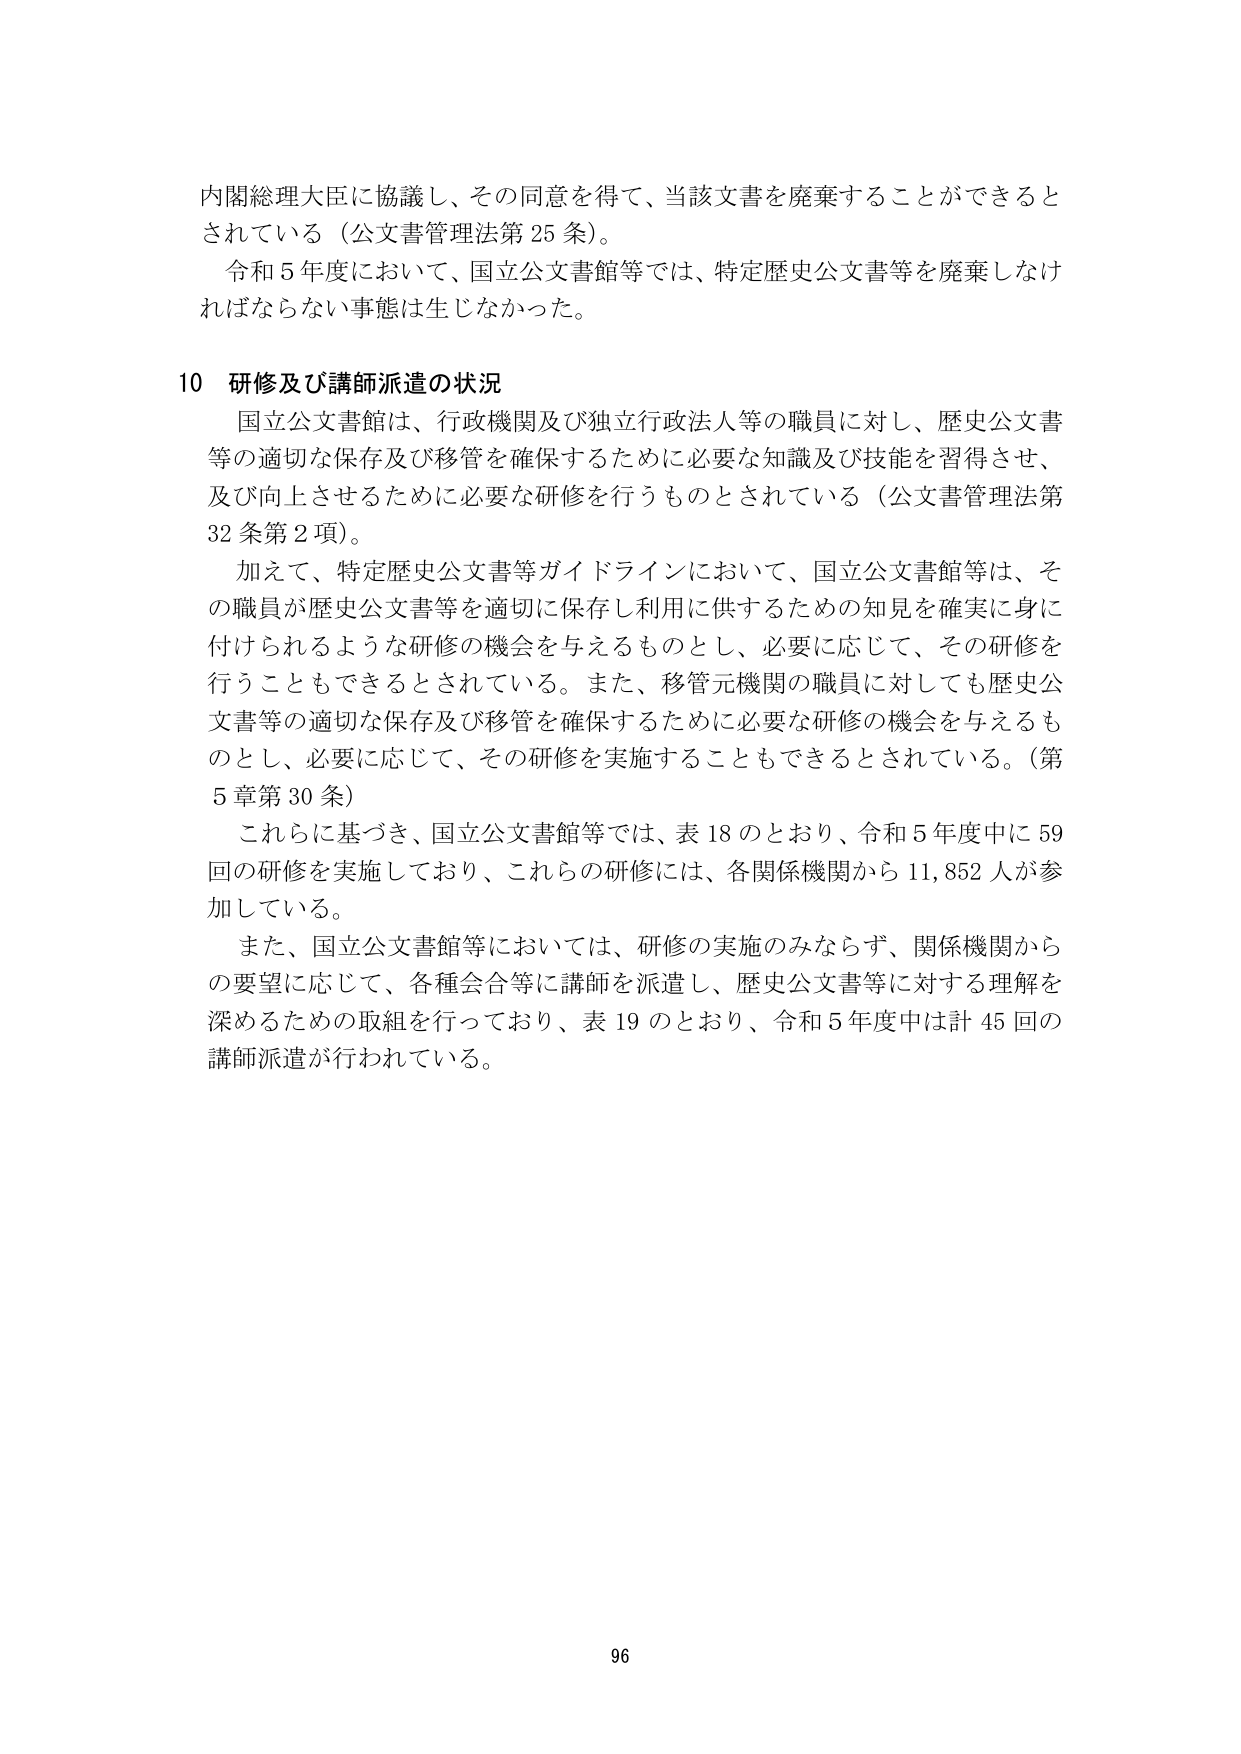
内閣総理大臣に協議し、その同意を得て、当該文書を廃棄することができるとしている（公文書管理法第25条）。

令和5年度において、国立公文書館等では、特定歴史公文書等を廃棄しなければならない事態は生じなかった。

10 研修及び講師派遣の状況

国立公文書館は、行政機関及び独立行政法人等の職員に対し、歴史公文書等の適切な保存及び移管を確保するために必要な知識及び技能を習得させ、及び向上させるために必要な研修を行うものとされている（公文書管理法第32条第2項）。

加えて、特定歴史公文書等ガイドラインにおいて、国立公文書館等は、その職員が歴史公文書等を適切に保存し利用に供するための知見を確実に身に付けられるような研修の機会を与えるものとし、必要に応じて、その研修を行うこともできるとされている。また、移管元機関の職員に対しても歴史公文書等の適切な保存及び移管を確保するために必要な研修の機会を与えるものとし、必要に応じて、その研修を実施することもできるとされている。（第5章第30条）

これらに基づき、国立公文書館等では、表18のとおり、令和5年度中に59回の研修を実施しており、これらの研修には、各関係機関から11,852人が参加している。

また、国立公文書館等においては、研修の実施のみならず、関係機関からの要望に応じて、各種会合等に講師を派遣し、歴史公文書等に対する理解を深めるための取組を行っており、表19のとおり、令和5年度中は計45回の講師派遣が行われている。

96